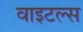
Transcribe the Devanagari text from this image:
वाइटल्स